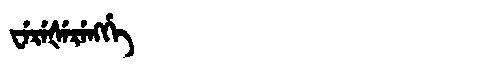
Manchu: ᠸᡝᡵᡝᡧᡝᡵᡝᠩᡤᡝ
Romanization: WEREŠERENGGE